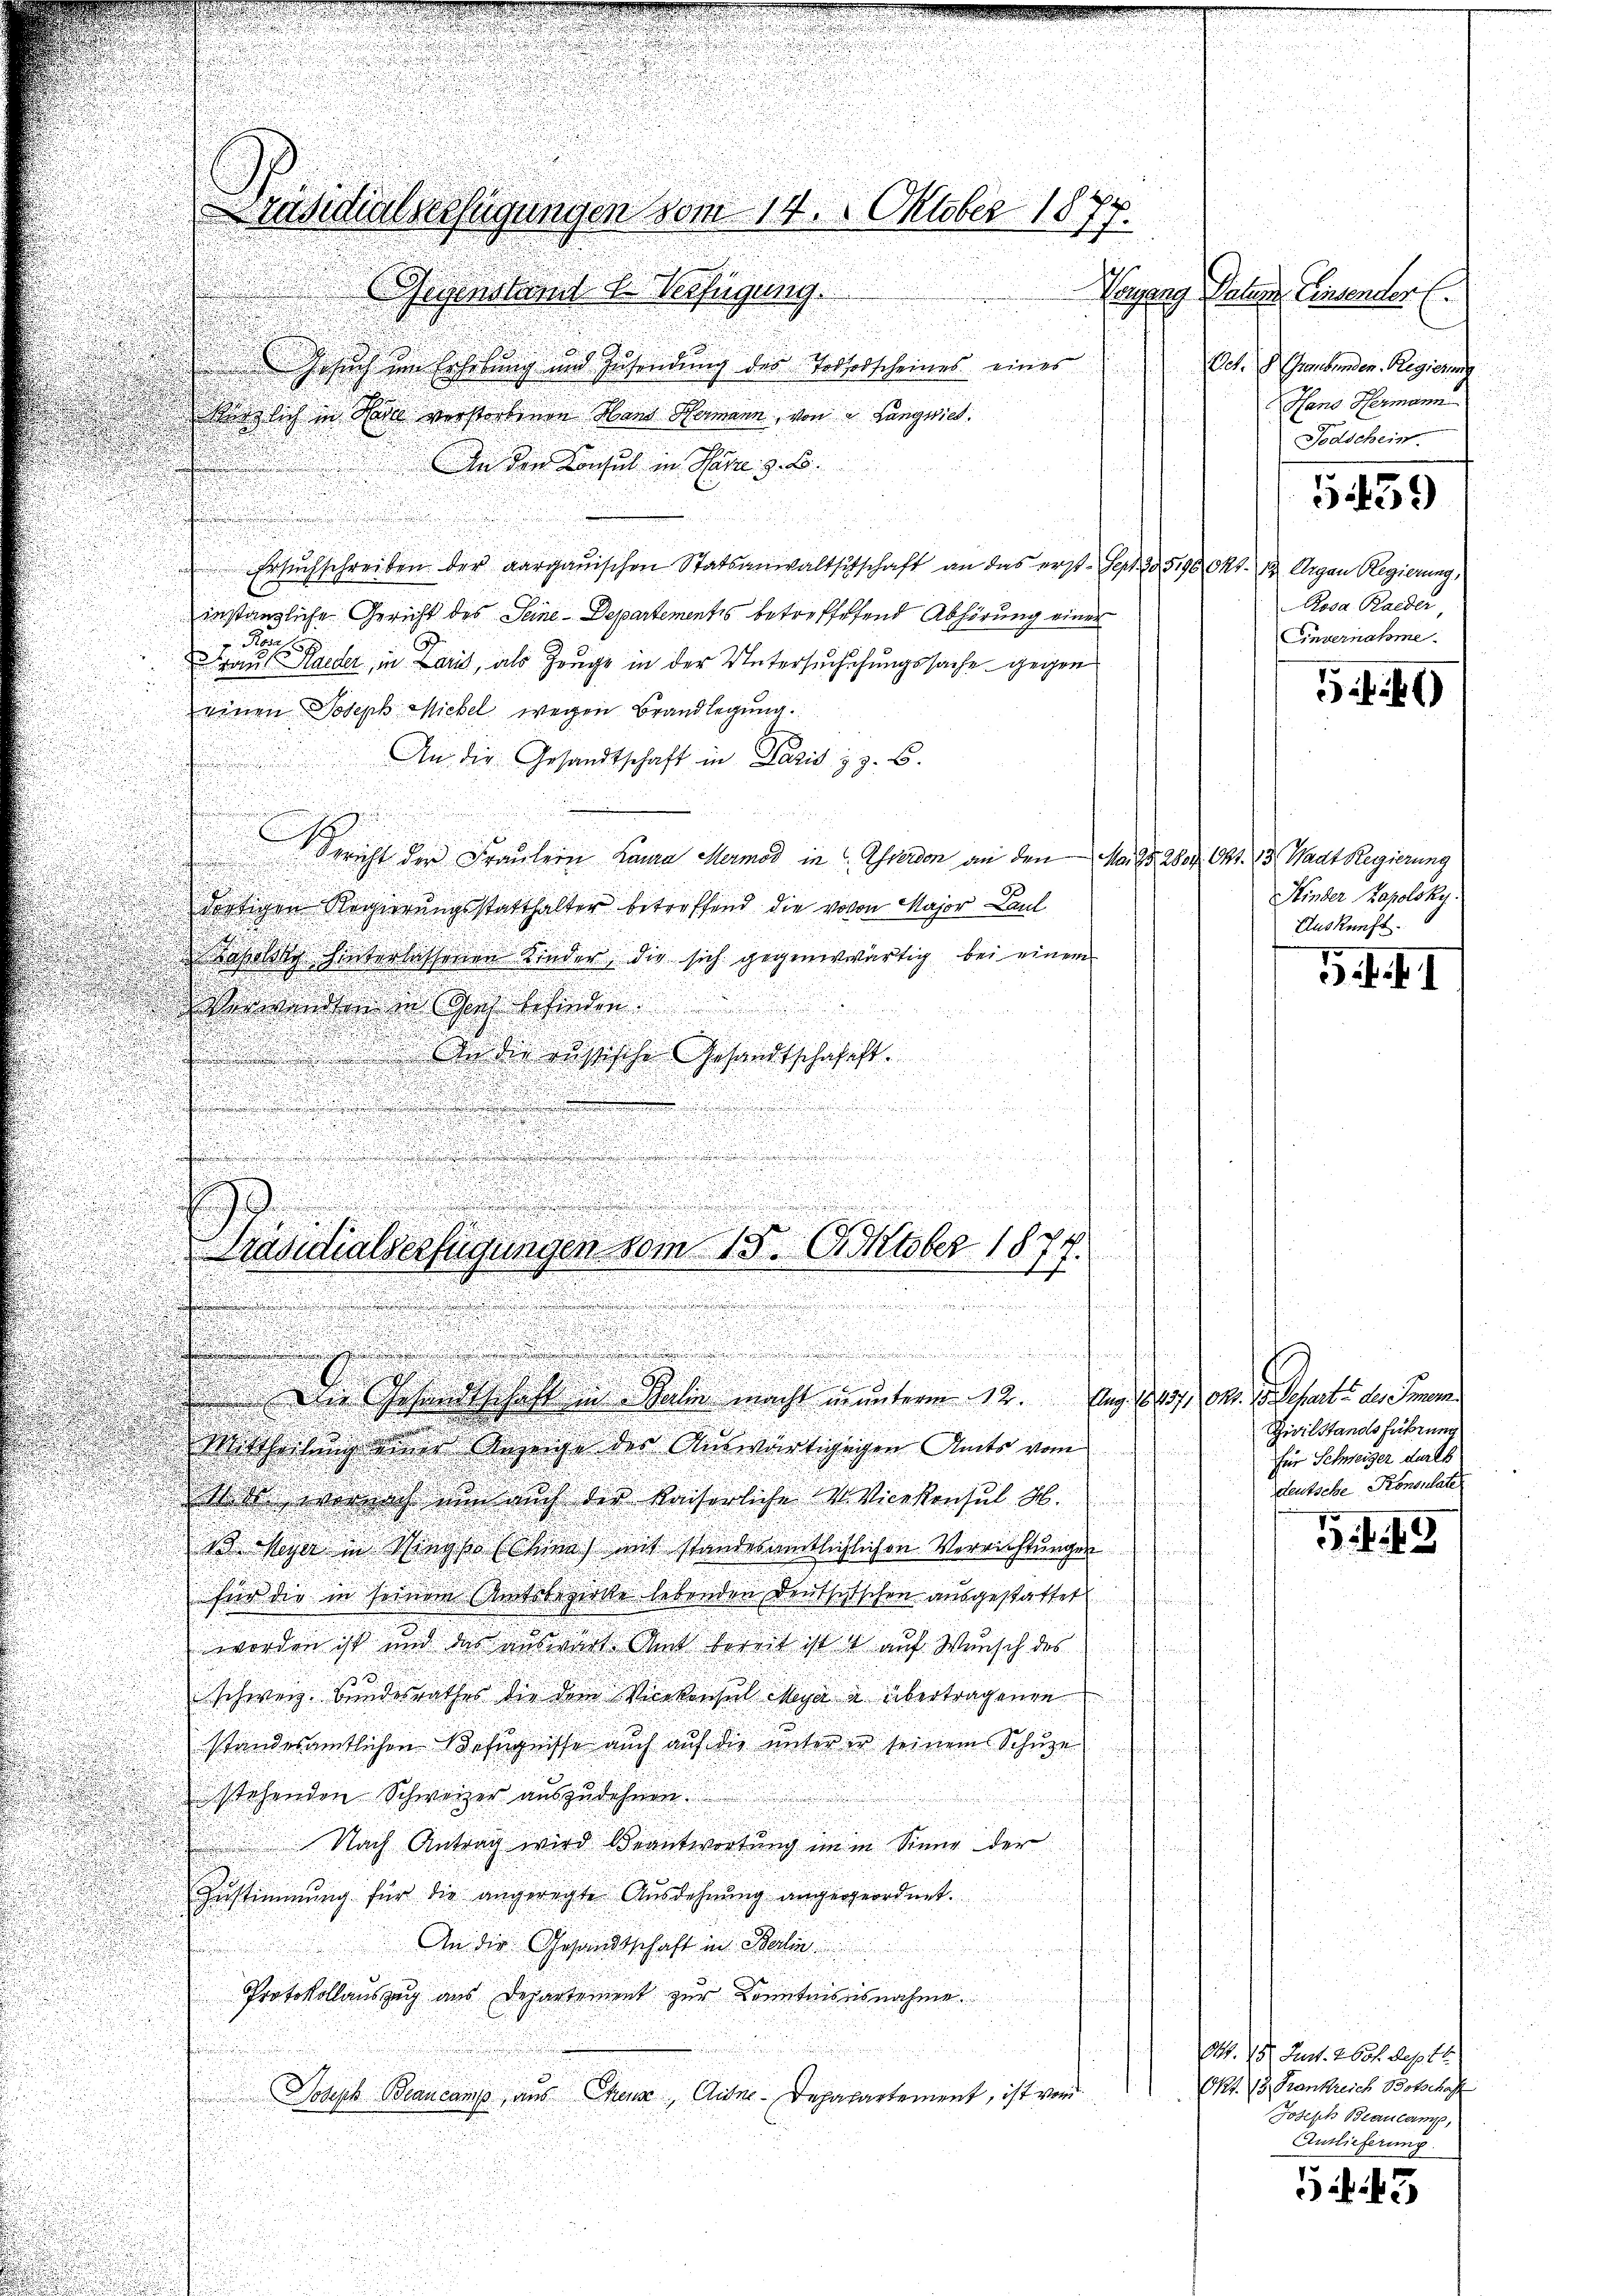
sich im Lehrbung und Zusendung des Torforscheines einer
neglich in Rede verstorbenen Hand Hermann, von Lungwies.
F
An den Konsul in Pare z. B.
Ersuchschreiben der aargauischen Statsanwaltschschaft an das erst Sept. 519.
instanzliche Gericht des Seine Departementes betreffetend Abhörung einer
d
raus Haider, in Laris, als Zeuge in der Untersuchschungssache gegen
einen Joseph Michel wegen Brandlegung.
An die Gesandtschaft in Pasis z z. B.

Spricht der Fräulein Lana Mermod in Ehrenden an den Mai 15. 28.
dortigen Regierungsstatthalter betreffend die wovon Major Baul
Baselst hinterlassenen Kinder, die sich gegenwärtig bei einem
Verwandten in Gant befinden.

.
u
d

An die russische Gesandtschafft.

n
i

.
s
e
u

i
.

.

u
n
i

e
u
.

u

u
.
e
Praditialverfügungen vom 18. Oktober 1874.
d
tund de
t

i

9
.
Die Gesandtschaft in Heilin macht in unterm 12. Aug. 1888. Okt. 15 Schart des Immer
Mittheilung einer Anzeige der Auswärtigungen Amts vom
 wornach nun auch der Kaiserliche Vicekonsul H.
u
1o Meyer in Sieg so hina mit standesamtlichlichen Verrichtungen
für die in seinem Amtsbezirke lebenden Deutsischen ausgestattet
worden ist und das ausmacht. Amt bereit ist auf Wunsch des
uunge
Schweiz. Bundesrathes die dem Vicekonsul Meyer u. übertragenen
standesamtlichen Befugnisse auch auf die unteren seinem Schuze
u
stehenden Schweizer auszudehnen.
Nach Antrag wird Beantwortung im in Sinne der
Zustimmung für die angeregte Ausdehnung angergeordnet.
An die Gesandtschaft in Berlin
Protokollauszeig aus Departement zur Kenntnis es nahme
Joseph Beankamp aus Theue, Aidne-Depapartement, ist von

u
Präsidialverfügungen vom 14. Oktober 1877.
Gegenstant l. Verfügung.

Vagang Sahen Einsender E.
Oek.  Grabenden Regierins
Hans Hermann
Todschein.
559
88 Okt. 12 Uhrgan Regierung,
Rosa Raeder,
Einvernahme.

6

. Okt. 13. Stadt Regierung
Hinder Zazolsky.
Auskunft.

G.f. F. I

Zivilstands führung
für Schweizer darth
Deutsche Konsulate

Gif. 43

Ott. 157. Fert. 260 f. Septb
Okt. 13. Frankreich Botschaft
Joseph Beaucamp,
Auslieferung

543